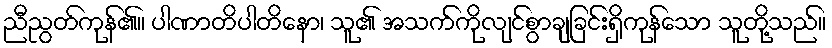
ညီညွတ်ကုန်၏။ ပါဏာတိပါတိနော၊ သူ၏ အသက်ကိုလျင်စွာချခြင်းရှိကုန်သော သူတို့သည်။